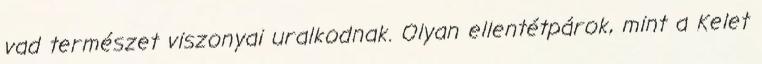
vad természet viszonyai uralkodnak. Olyan ellentétpárok, mint a Kelet